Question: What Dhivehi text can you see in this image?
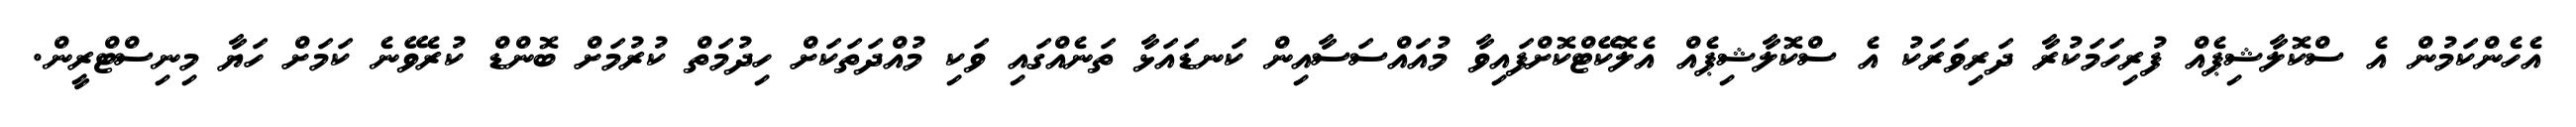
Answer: އެހެންކަމުން އެ ސްކޮލާޝިޕެއް ފުރިހަމަކުރާ ދަރިވަރަކު އެ ސްކޮލާޝިޕެއް އެލޮކޭޓްކޮށްފައިވާ މުއައްސަސާއިން ކަނޑައަޅާ ތަނެއްގައި ވަކި މުއްދަތަކަށް ހިދުމަތް ކުރުމަށް ބޮންޑް ކުރެވޭނެ ކަމަށް ހަޔާ މިނިސްޓްރީން.